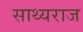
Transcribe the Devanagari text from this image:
साथ्यराज